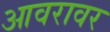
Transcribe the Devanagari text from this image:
आवरावर